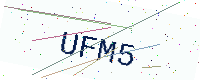
Text: UFM5